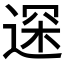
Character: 𲅢